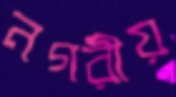
নগরীয়